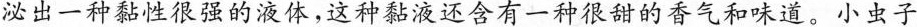
泌出一种黏性很强的液体，这种黏液还含有一种很甜的香气和味道。小虫子